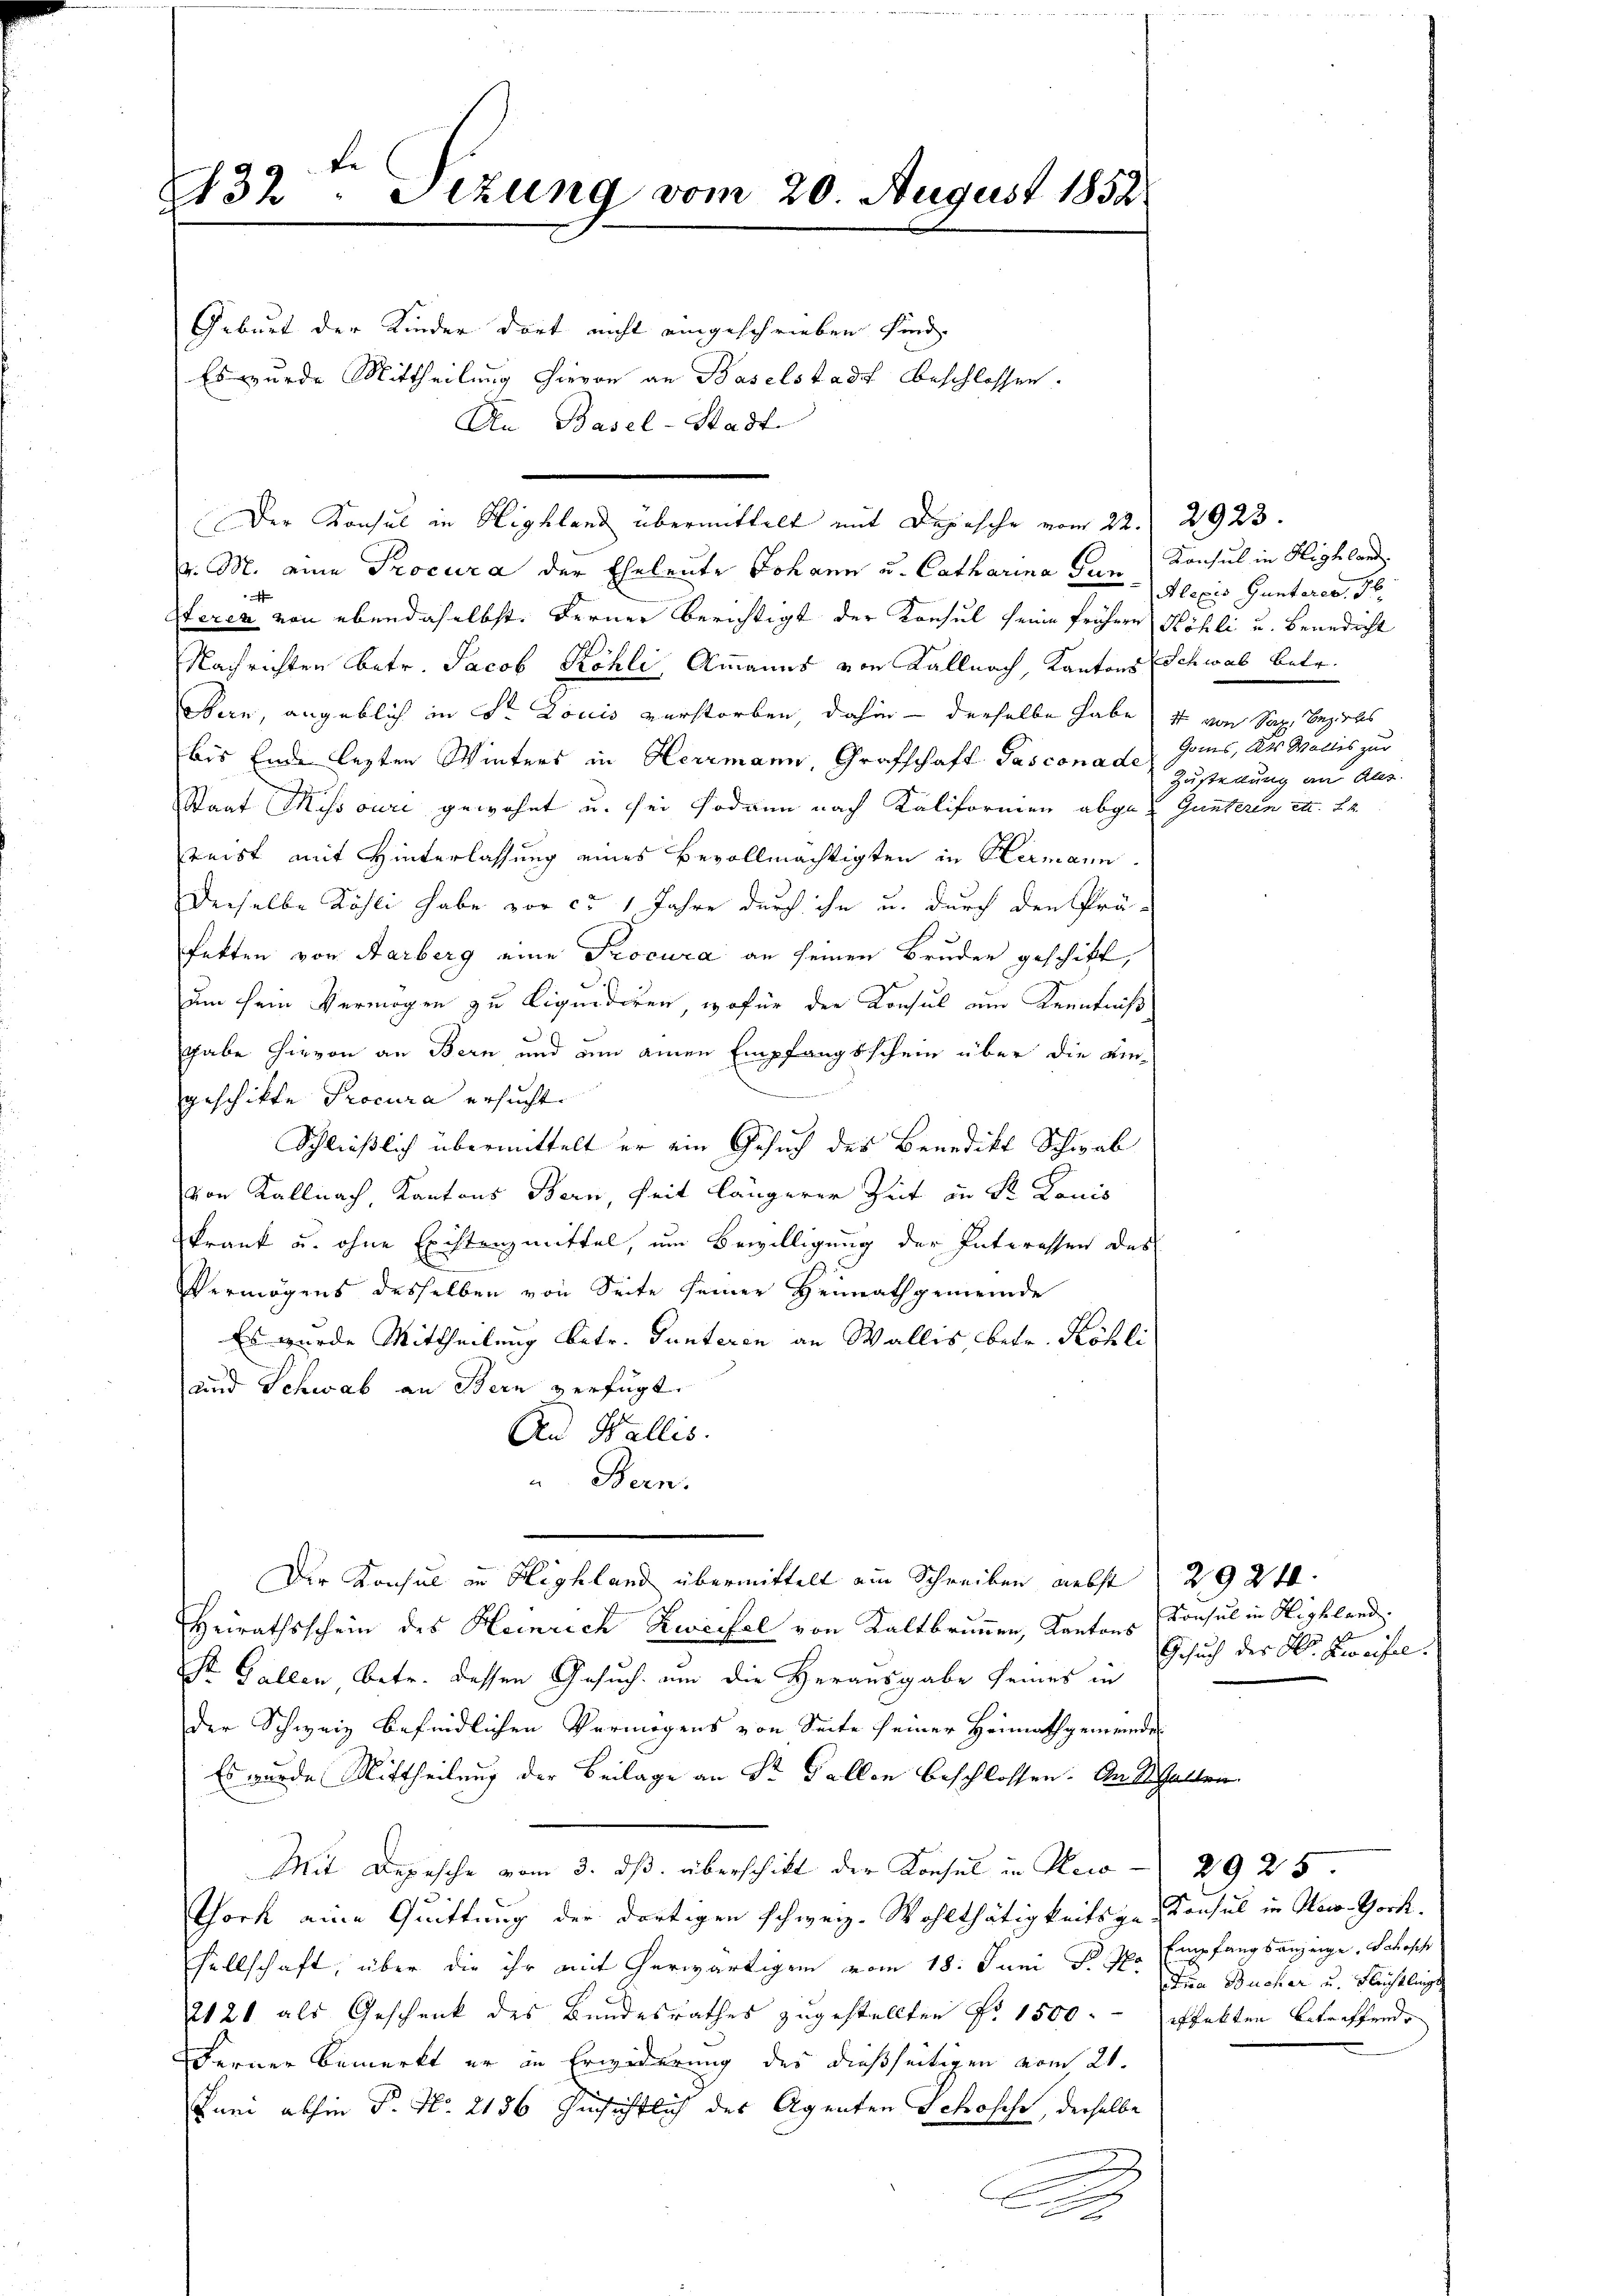
432: Sizung vom 20. August 1852

v. M. eine Procura der Eheleute Johann u. Catharina Gun¬
Steren von ebendaselbst. Ferner berichtigt der Konsul seine frühere Höhli u. Benedicht
Nachrichten betr. Jacob Köhli, Ammanns von Kallnach, Kantons Schwab betr.
oben, angeblich in Str. Louis verstorben, dahin - derselbe habe & von San. Bezirks
bis Ende lezten Winters in Herrmann, Grafschaft Pasconade Gams, das Wallis zur
Staat Missouri gewohnt u. sei sodann nach Kalifornien abge¬ Gunteren et. Be
reist mit Hinterlassung eines Bevollmächtigten in Hermann
Derselbe Köhli habe vor ca 1 Jahre durch ihn u. durch den Prä-
fekten von Aarberg eine Procura an seinen Bruder geschikt,
um sein Vermögen zu Liquidiren, wofür der Konsul am Kenntniß
gabe hievon an Bern und um einen Empfangsschein über die ein-
geschikte Procura ersucht.
Schließlich übermittelt er ein Gesuch des Benedikt Schwab
von Kallnach, Kantons Bern, seit längerer Zeit an Sr. Konis
krank u. ohne Existenzmittel, um Bewilligung der Interessen des
Vermögens desselben von Seite seiner Heimathgemeinde
Es wurde Mittheilung betr. Gunteren an Wallis, betr. Köhli
und Schwab an Bern verfügt.
An Wallis.
Bern.
Der Konsul in Highland übermittelt am Schreiben nebst 2924
Heirathsschein des Heinrich Zweifel von Kaltbrunnen, Kantons Konsul in Highland.
St. Gallen betr. dessen Gesuch um die Herausgabe seines in
der Schweiz befindlichen Vermögens von Seite seiner Heimathgemeindes
Es wurde Mittheilung der Beilage an Sr. Fallen beschlossen. An Schalt
Mit Depesche vom 3. ds. überschikt der Konsul in Reco- 2925.
Thoch eine Quittung der dortigen schweiz. Wohlthätigkeitsge-Konsul in New-York.
sellschaft, über die ihr mit herwärtigen vom 18. Juni d. M. Die Bucher u. Flechtlich
2120 als Geschenk des Bundesrathes zugestellten Fr. 1500.- pfekten betreffende
Ferner bemerkt er in Erwiderung des dießseitigen vom 21.
Juni abhin P. Nr. 2186 hinsichtlich des Agenten Schosche, derselbe
n
9

Geburt der Kinder dort nicht eingeschrieben sind.
Es wurde Mittheilung hievon an Baselstadt beschlossen.
An Basel-Stadt

Der Konsul in Highland übermittelt mit Depesche vom 22. 2923.

Konsul in Highland
Alexis Gunteres 16.
Zustellung an Ales.

Gesuch der A. Zweifel.

Empfangsanzeige. Schopf